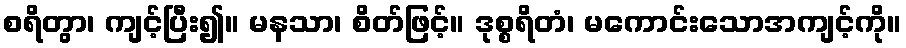
စရိတွာ၊ ကျင့်ပြီး၍။ မနသာ၊ စိတ်ဖြင့်။ ဒုစ္စရိတံ၊ မကောင်းသောအကျင့်ကို။